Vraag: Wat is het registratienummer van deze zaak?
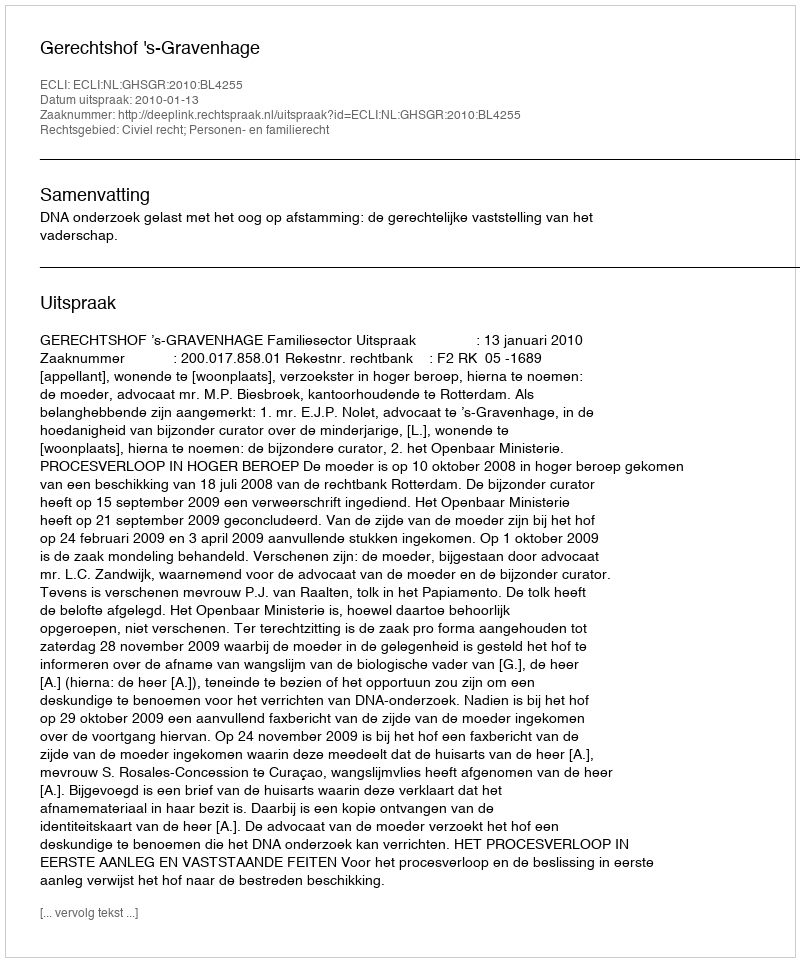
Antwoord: http://deeplink.rechtspraak.nl/uitspraak?id=ECLI:NL:GHSGR:2010:BL4255